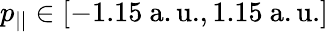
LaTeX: p_{||}\in[-1.15\mathrm{~a.u.},1.15\mathrm{~a.u.}]